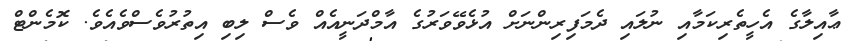
ޢާއިލާގެ އެހީތެރިކަމާއި ނުލައި ދެމަފިރިންނަށް އުޅެވޭވަރުގެ އާމްދަނީއެއް ވެސް ލިބި އިތުރުވެސްވެއެވެ. ކޮމެންޓް